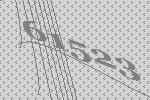
61523